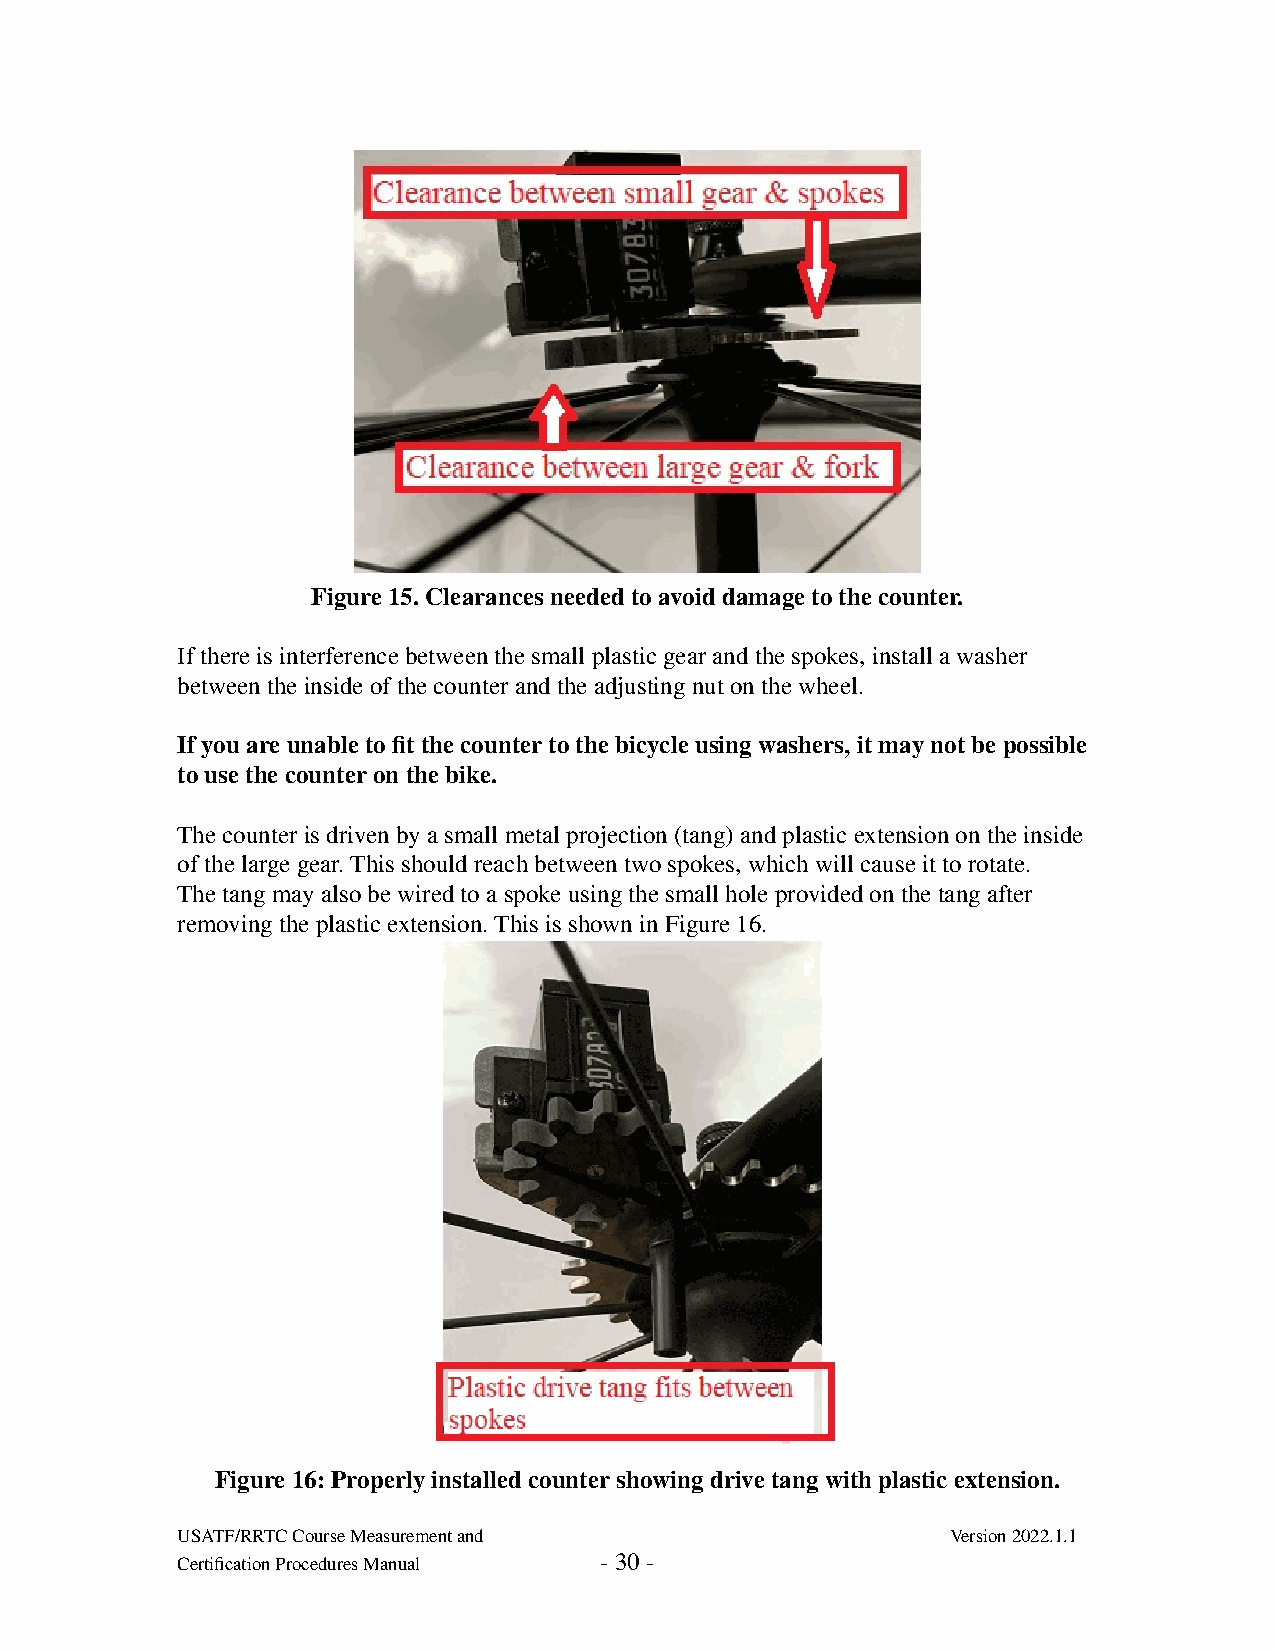
Figure 15. Clearances needed to avoid damage to the counter.
 If there is interference between the small plastic gear and the spokes, install a washer
 between the inside of the counter and the adjusting nut on the wheel.
 If you are unable to fit the counter to the bicycle using washers, it may not be possible
 to use the counter on the bike.
 The counter is driven by a small metal projection (tang) and plastic extension on the inside
 of the large gear. This should reach between two spokes, which will cause it to rotate.
 The tang may also be wired to a spoke using the small hole provided on the tang after
 removing the plastic extension. This is shown in Figure 16.
 Figure 16: Properly installed counter showing drive tang with plastic extension.
 USATF/RRTC Course Measurement and                  Version 2022.1.1
 Certification Procedures Manual - 30 -